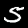
Label: 5